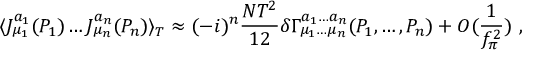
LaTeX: \langle J _ { \mu _ { 1 } } ^ { a _ { 1 } } ( P _ { 1 } ) \ldots J _ { \mu _ { n } } ^ { a _ { n } } ( P _ { n } ) \rangle _ { T } \approx ( - i ) ^ { n } \frac { N T ^ { 2 } } { 1 2 } \delta \Gamma _ { \mu _ { 1 } \ldots \mu _ { n } } ^ { a _ { 1 } \ldots a _ { n } } ( P _ { 1 } , \ldots , P _ { n } ) + O ( \frac { 1 } { f _ { \pi } ^ { 2 } } ) \ ,